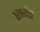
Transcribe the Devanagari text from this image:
एक्मेव